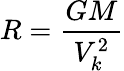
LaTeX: R={\frac{GM}{V_{k}^{2}}}